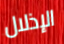
الإذلال